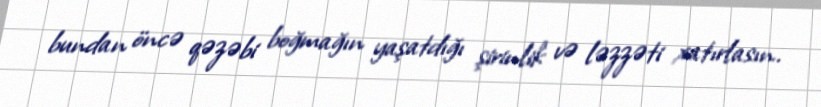
bundan öncə qəzəbi boğmağın yaşatdığı şirinlik və ləzzəti xatırlasın.